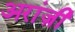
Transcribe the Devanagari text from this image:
अरांज़ी